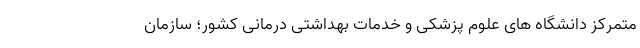
متمرکز دانشگاه های علوم پزشکی و خدمات بهداشتی درمانی کشور؛ سازمان